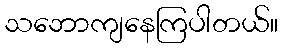
သဘောကျနေကြပါတယ်။